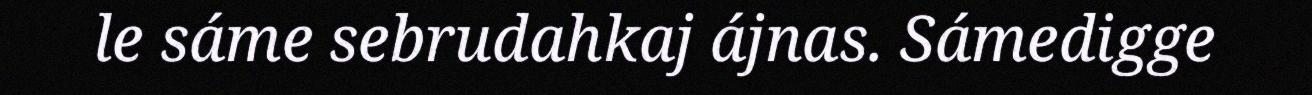
le sáme sebrudahkaj ájnas. Sámedigge